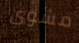
مشوي